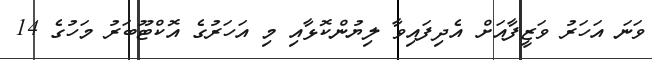
ވަނަ އަހަރު ވަޒީފާއަށް އެދިފައިވާ ލިޔުންކޮޅާއި މި އަހަރުގެ އޮކްޓޫބަރު މަހުގެ 14